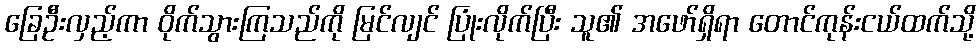
ခြေဦးလှည့်ကာ ဝိုက်သွားကြသည်ကို မြင်လျင် ပြုံးလိုက်ပြီး သူ၏ အဖော်ရှိရာ တောင်ကုန်းငယ်ထက်သို့